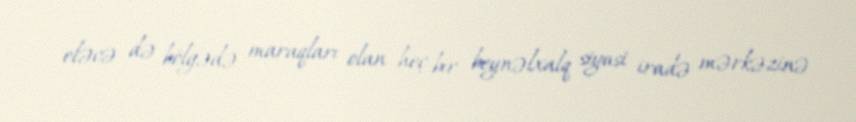
eləcə də bölgədə maraqları olan heç bir beynəlxalq siyasi iradə mərkəzinə